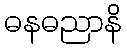
ဓနဓညာနိ